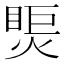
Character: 㷡